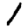
Digit: 1